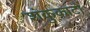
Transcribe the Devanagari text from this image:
शंकुकाटों